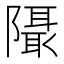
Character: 𱀹